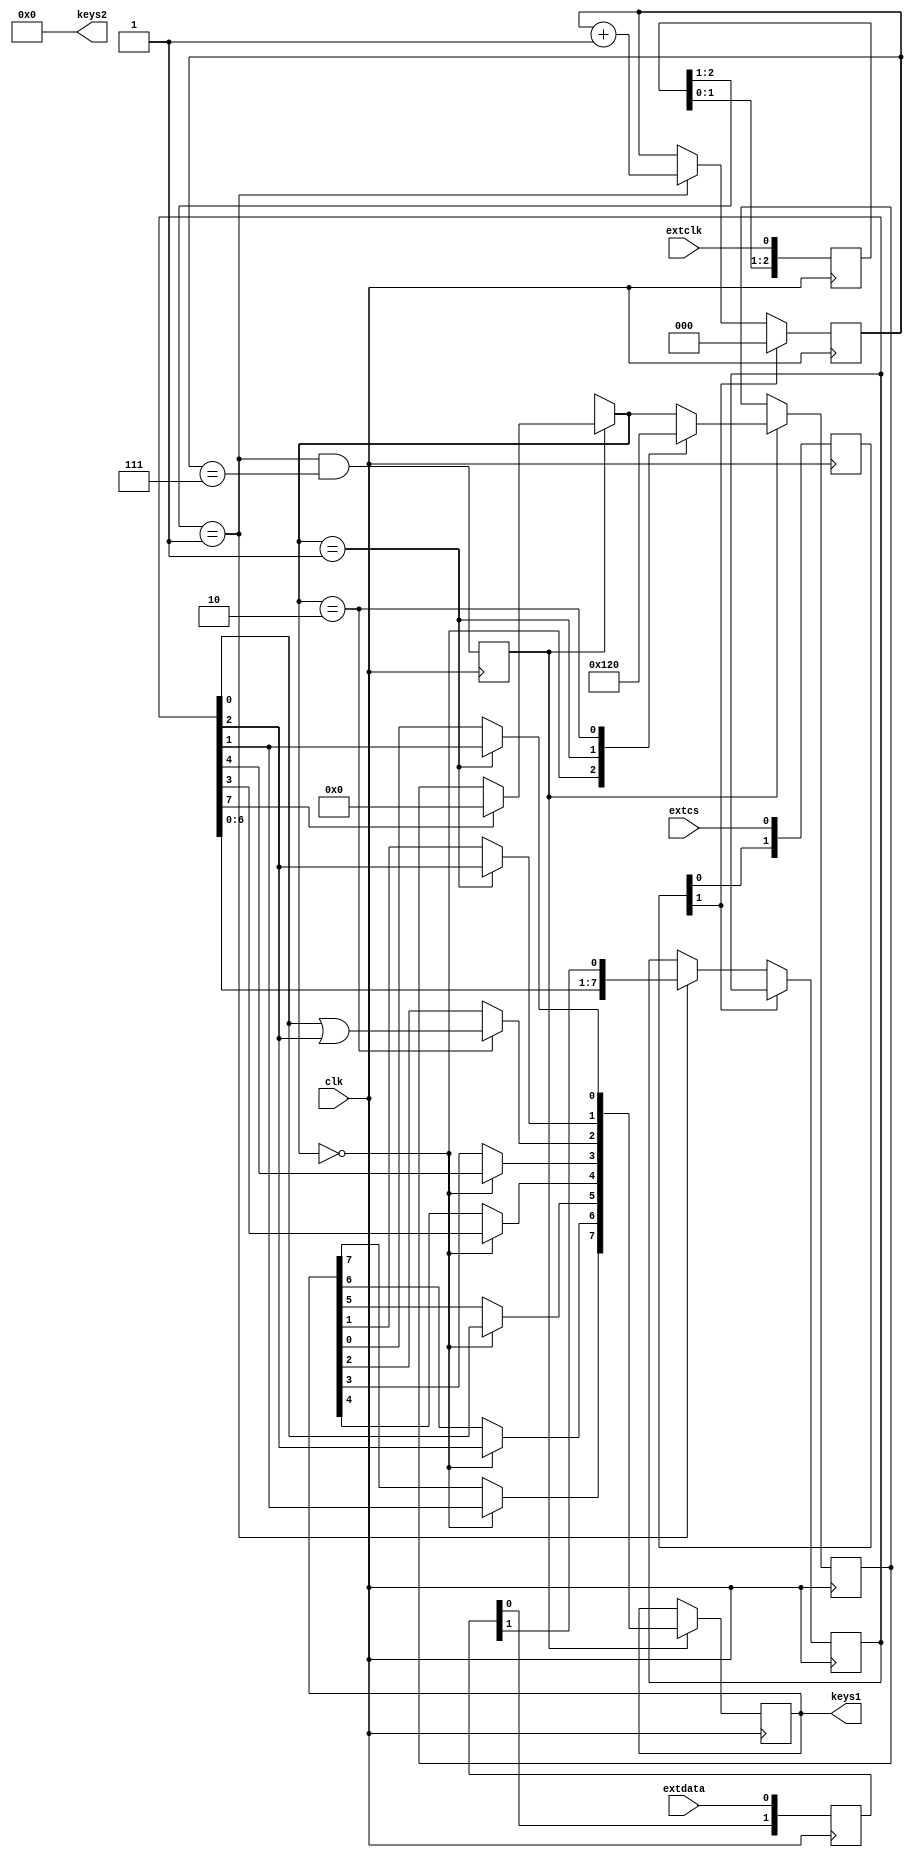
module PS3spiControl(
    input clk,
    input extdata,
    input extclk,
    input extcs,
    output reg [7:0] keys1,
    output reg [7:0] keys2
    );
    
    reg [7:0] inputbyte;
    reg [3:0] bytestate;
    reg [2:0] bitcounter;
    reg byte_rec;
    
    // as reference:
    // PSkeys[7]	 green
    // PSkeys[6]     red
    // PSkeys[5]     yellow
    // PSkeys[4]     blue
    // PSkeys[3]     orange
    // PSkeys[2]     up or down (strum)
    // PSkeys[1]     start
    // PSkeys[0]     select
    
    // sample SPI signals
    reg [2:0] extclk_r;
    reg [2:0] extcs_r;
    reg [1:0] extdata_r;
    always@ (posedge clk) begin
        extclk_r <= {extclk_r[1:0], extclk};
        extcs_r <= {extcs_r[1:0], extcs};
        extdata_r <= {extdata_r[0], extdata};
    end
    wire extclk_rising = (extclk_r[2:1] == 2'b01);
    wire cs_active = ~extcs_r[1];
    wire extdata_in = extdata_r[1];
    
    initial begin;
        inputbyte = 8'b00000000;
        bytestate = 4'b0000;
        bitcounter = 3'b000;
        byte_rec = 0;
        keys1 = 0;
        keys2 = 0;
    end
    
    // when 8 bits have been read in
    always@ (posedge clk) begin
        if (~cs_active)
            bitcounter <= 0;
        else
        if (extclk_rising) begin
            inputbyte <= {inputbyte[6:0], extdata_in};
            bitcounter <= bitcounter + 1;
        end
    end
    
    always@ (posedge clk) begin
        byte_rec <= extclk_rising && bitcounter == 3'b111;
    end
    always@ (posedge clk) begin
        if (byte_rec) begin
            // override current data and reset state machine if this is the 
            // first byte in the packet
            if (inputbyte[7]) begin
                bytestate = 4'b0000;
            end
            // main state machine
            case (bytestate)
            
                4'b0000: begin // first byte
                    keys1[7] = inputbyte[1]; // green
                    keys1[6] = inputbyte[2]; // red
                    keys1[5] = inputbyte[0]; // yellow
                    keys1[4] = inputbyte[3]; // blue
                    keys1[3] = inputbyte[4]; // orange
                    bytestate = 4'b0001;
                end
                
                4'b0001: begin // second byte
                    keys1[1] = inputbyte[2]; // start
                    keys1[0] = inputbyte[1]; // select
                    bytestate = 4'b0010;
                end
                
                4'b0010: begin // third byte
                    keys1[2] = inputbyte[0] | inputbyte[2]; // strum up or down
                    bytestate = 4'b0000; // end of packet
                end
                
            endcase
        end
    end 
    
endmodule